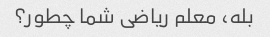
بله، معلم ریاضی شما چطور؟